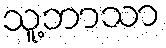
သူ့ဘာသာ